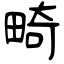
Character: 畸